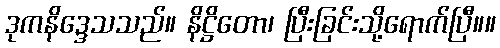
ဒုကနိဒ္ဒေသသည်။ နိဋ္ဌိတော၊ ပြီးခြင်းသို့ရောက်ပြီ။။